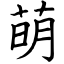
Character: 萌